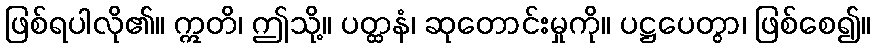
ဖြစ်ရပါလို၏။ ဣတိ၊ ဤသို့။ ပတ္ထနံ၊ ဆုတောင်းမှုကို။ ပဋ္ဌပေတွာ၊ ဖြစ်စေ၍။